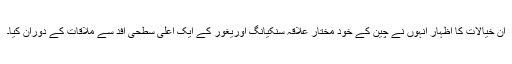
ان خیالات کا اظہار انہوں نے چین کے خود مختار علاقہ سنکیانگ اوریغور کے ایک اعلیٰ سطحی افد سے ملاقات کے دوران کیا۔